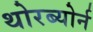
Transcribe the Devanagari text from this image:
थोरब्योर्न